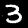
Digit: 3